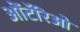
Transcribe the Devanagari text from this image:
ओंटॅरिओ